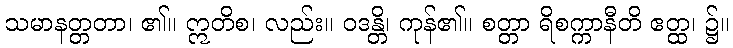
သမာနတ္တတာ၊ ၏။ ဣတိစ၊ လည်း။ ဝဒန္တိ၊ ကုန်၏။ စတ္တာ ရိစက္ကာနီတိ ဧတ္ထ၊ ၌။